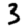
Digit: 3